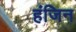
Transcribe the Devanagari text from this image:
हंजिन